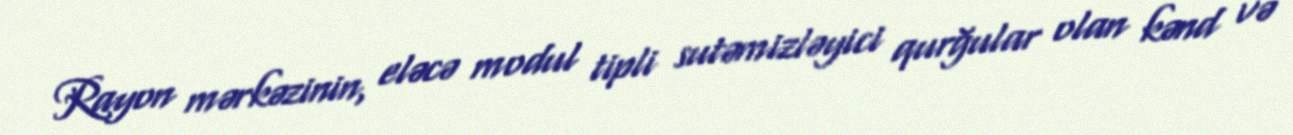
Rayon mərkəzinin, eləcə modul tipli sutəmizləyici qurğular olan kənd və